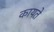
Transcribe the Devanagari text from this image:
कायते